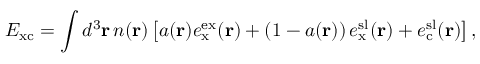
E _ { \mathrm { x c } } = \int d ^ { 3 } \mathbf { r } \, n ( \mathbf { r } ) \left[ a ( \mathbf { r } ) e _ { \mathrm { x } } ^ { \mathrm { e x } } ( \mathbf { r } ) + \left( 1 - a ( \mathbf { r } ) \right) e _ { \mathrm { x } } ^ { \mathrm { s l } } ( \mathbf { r } ) + e _ { \mathrm { c } } ^ { \mathrm { s l } } ( \mathbf { r } ) \right] ,